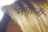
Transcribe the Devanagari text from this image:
नेगीजी